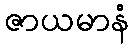
ဇာယမာနံ